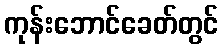
ကုန်းဘောင်ခေတ်တွင်